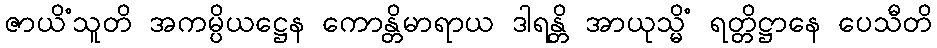
ဇာယိံသူတိ အကမ္ပိယဋ္ဌေန ကောန္တိမာရာယ ဒါရန္တိ အာယုသ္မိံ ရတ္တိဋ္ဌာနေ ပေသီတိ